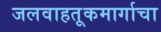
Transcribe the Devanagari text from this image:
जलवाहतूकमार्गाचा